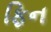
ફિન